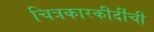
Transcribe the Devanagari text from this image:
चित्रकारकीर्दीची